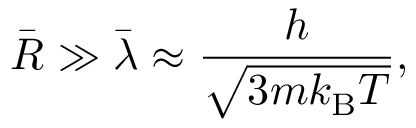
{ \bar { R } } \gg { \bar { \lambda } } \approx { \frac { h } { \sqrt { 3 m k _ { \mathrm { { B } } } T } } } ,